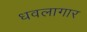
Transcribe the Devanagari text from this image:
धवलागार